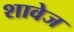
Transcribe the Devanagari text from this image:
शावेज